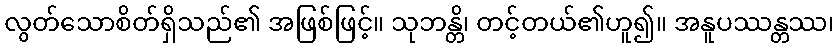
လွတ်သောစိတ်ရှိသည်၏ အဖြစ်ဖြင့်။ သုဘန္တိ၊ တင့်တယ်၏ဟူ၍။ အနူပဿန္တဿ၊